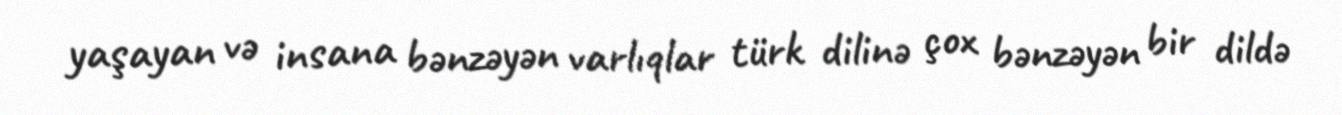
yaşayan və insana bənzəyən varlıqlar türk dilinə çox bənzəyən bir dildə